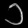
Digit: ၁